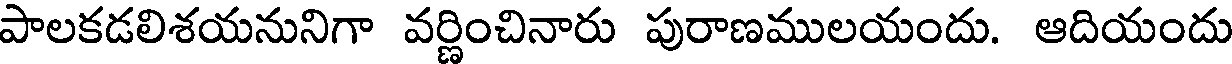
పాలకడలిశయనునిగా వర్ణించినారు పురాణములయందు. ఆదియందు